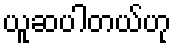
ယူဆပါတယ်ဟု